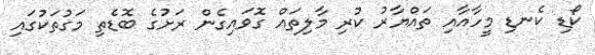
ކޯޑި ކެނޑި މީހާއާއި ތައްޔާރު ކުރި މާލިތައް ގޮވައިގެން ރަށުގެ ބޮޑެތި މަގުތަކުގައި